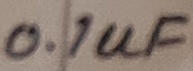
Text: 0.1uF